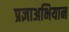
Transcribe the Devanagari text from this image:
प्रज्ञाअभियान